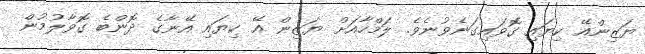
ޔަޒިންއޭ ކިޔައި ގޮވައިގަނެވުނެވެ. ލަމްހާއަށް ޔަޒިން އޭ ކިޔައި އޭނާގެ ދޮންބެ ގޮވާލުމުން